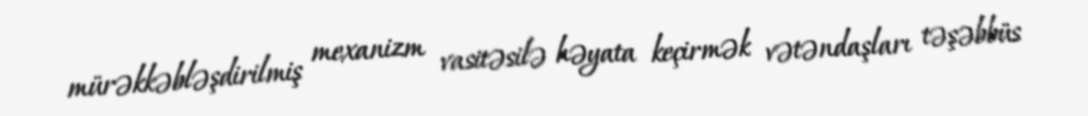
mürəkkəbləşdirilmiş mexanizm vasitəsilə həyata keçirmək vətəndaşları təşəbbüs